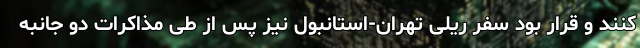
کنند و قرار بود سفر ریلی تهران-استانبول نیز پس از طی مذاکرات دو جانبه